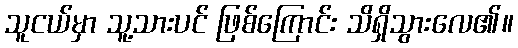
သူငယ်မှာ သူ့သားပင် ဖြစ်ကြောင်း သိရှိသွားလေ၏။